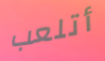
أتلعب